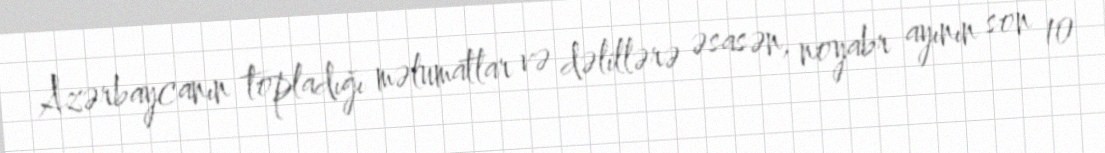
Azərbaycanın topladığı məlumatlar və dəlillərə əsasən, noyabr ayının son 10